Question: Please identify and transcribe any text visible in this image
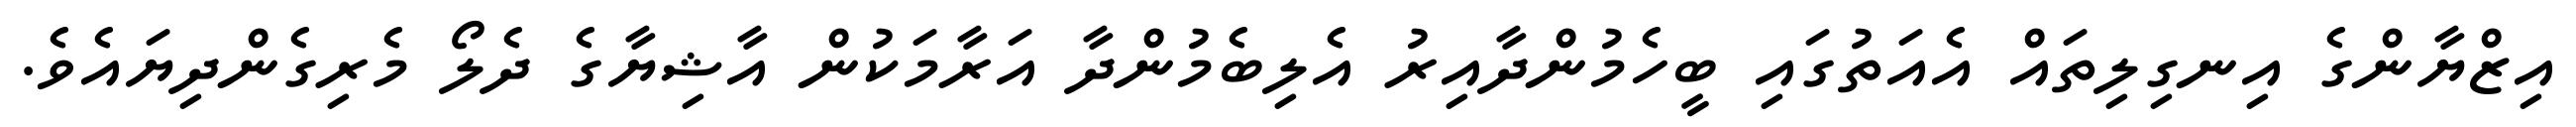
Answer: އިޒްޔާންގެ އިނގިލިތައް އެއަތުގައި ބީހެމުންދާއިރު އެލިބެމުންދާ އަރާމަކުން އާޝިޔާގެ ދެލޯ މެރިގެންދިޔައެވެ.